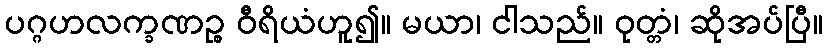
ပဂ္ဂဟလက္ခဏဉ္စ ဝီရိယံဟူ၍။ မယာ၊ ငါသည်။ ဝုတ္တံ၊ ဆိုအပ်ပြီ။